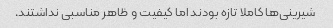
شیرینی‌ها کاملا تازه بودند اما کیفیت و ظاهر مناسبی نداشتند.